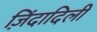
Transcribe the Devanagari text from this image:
ज़िंदादिली